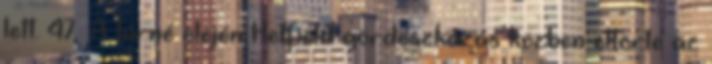
lett. 47 A turné elején Hetfield gördeszkázás közben eltörte az